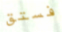
فستق